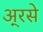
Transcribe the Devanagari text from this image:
अ्रसे